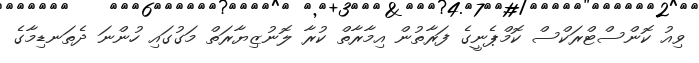
ވިއު ކޮންސްޓްރަކްސް ކޮމްޕެނީގެ ފަރާތުން އިމާރާތް ކުރާ ލޮނުޒިޔާރަތް މަގުގައި ހުންނަ ދެތަނޑިމާގެ